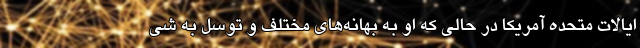
ایالات متحده آمریکا در حالی که او به بهانه‌های مختلف و توسل به شی